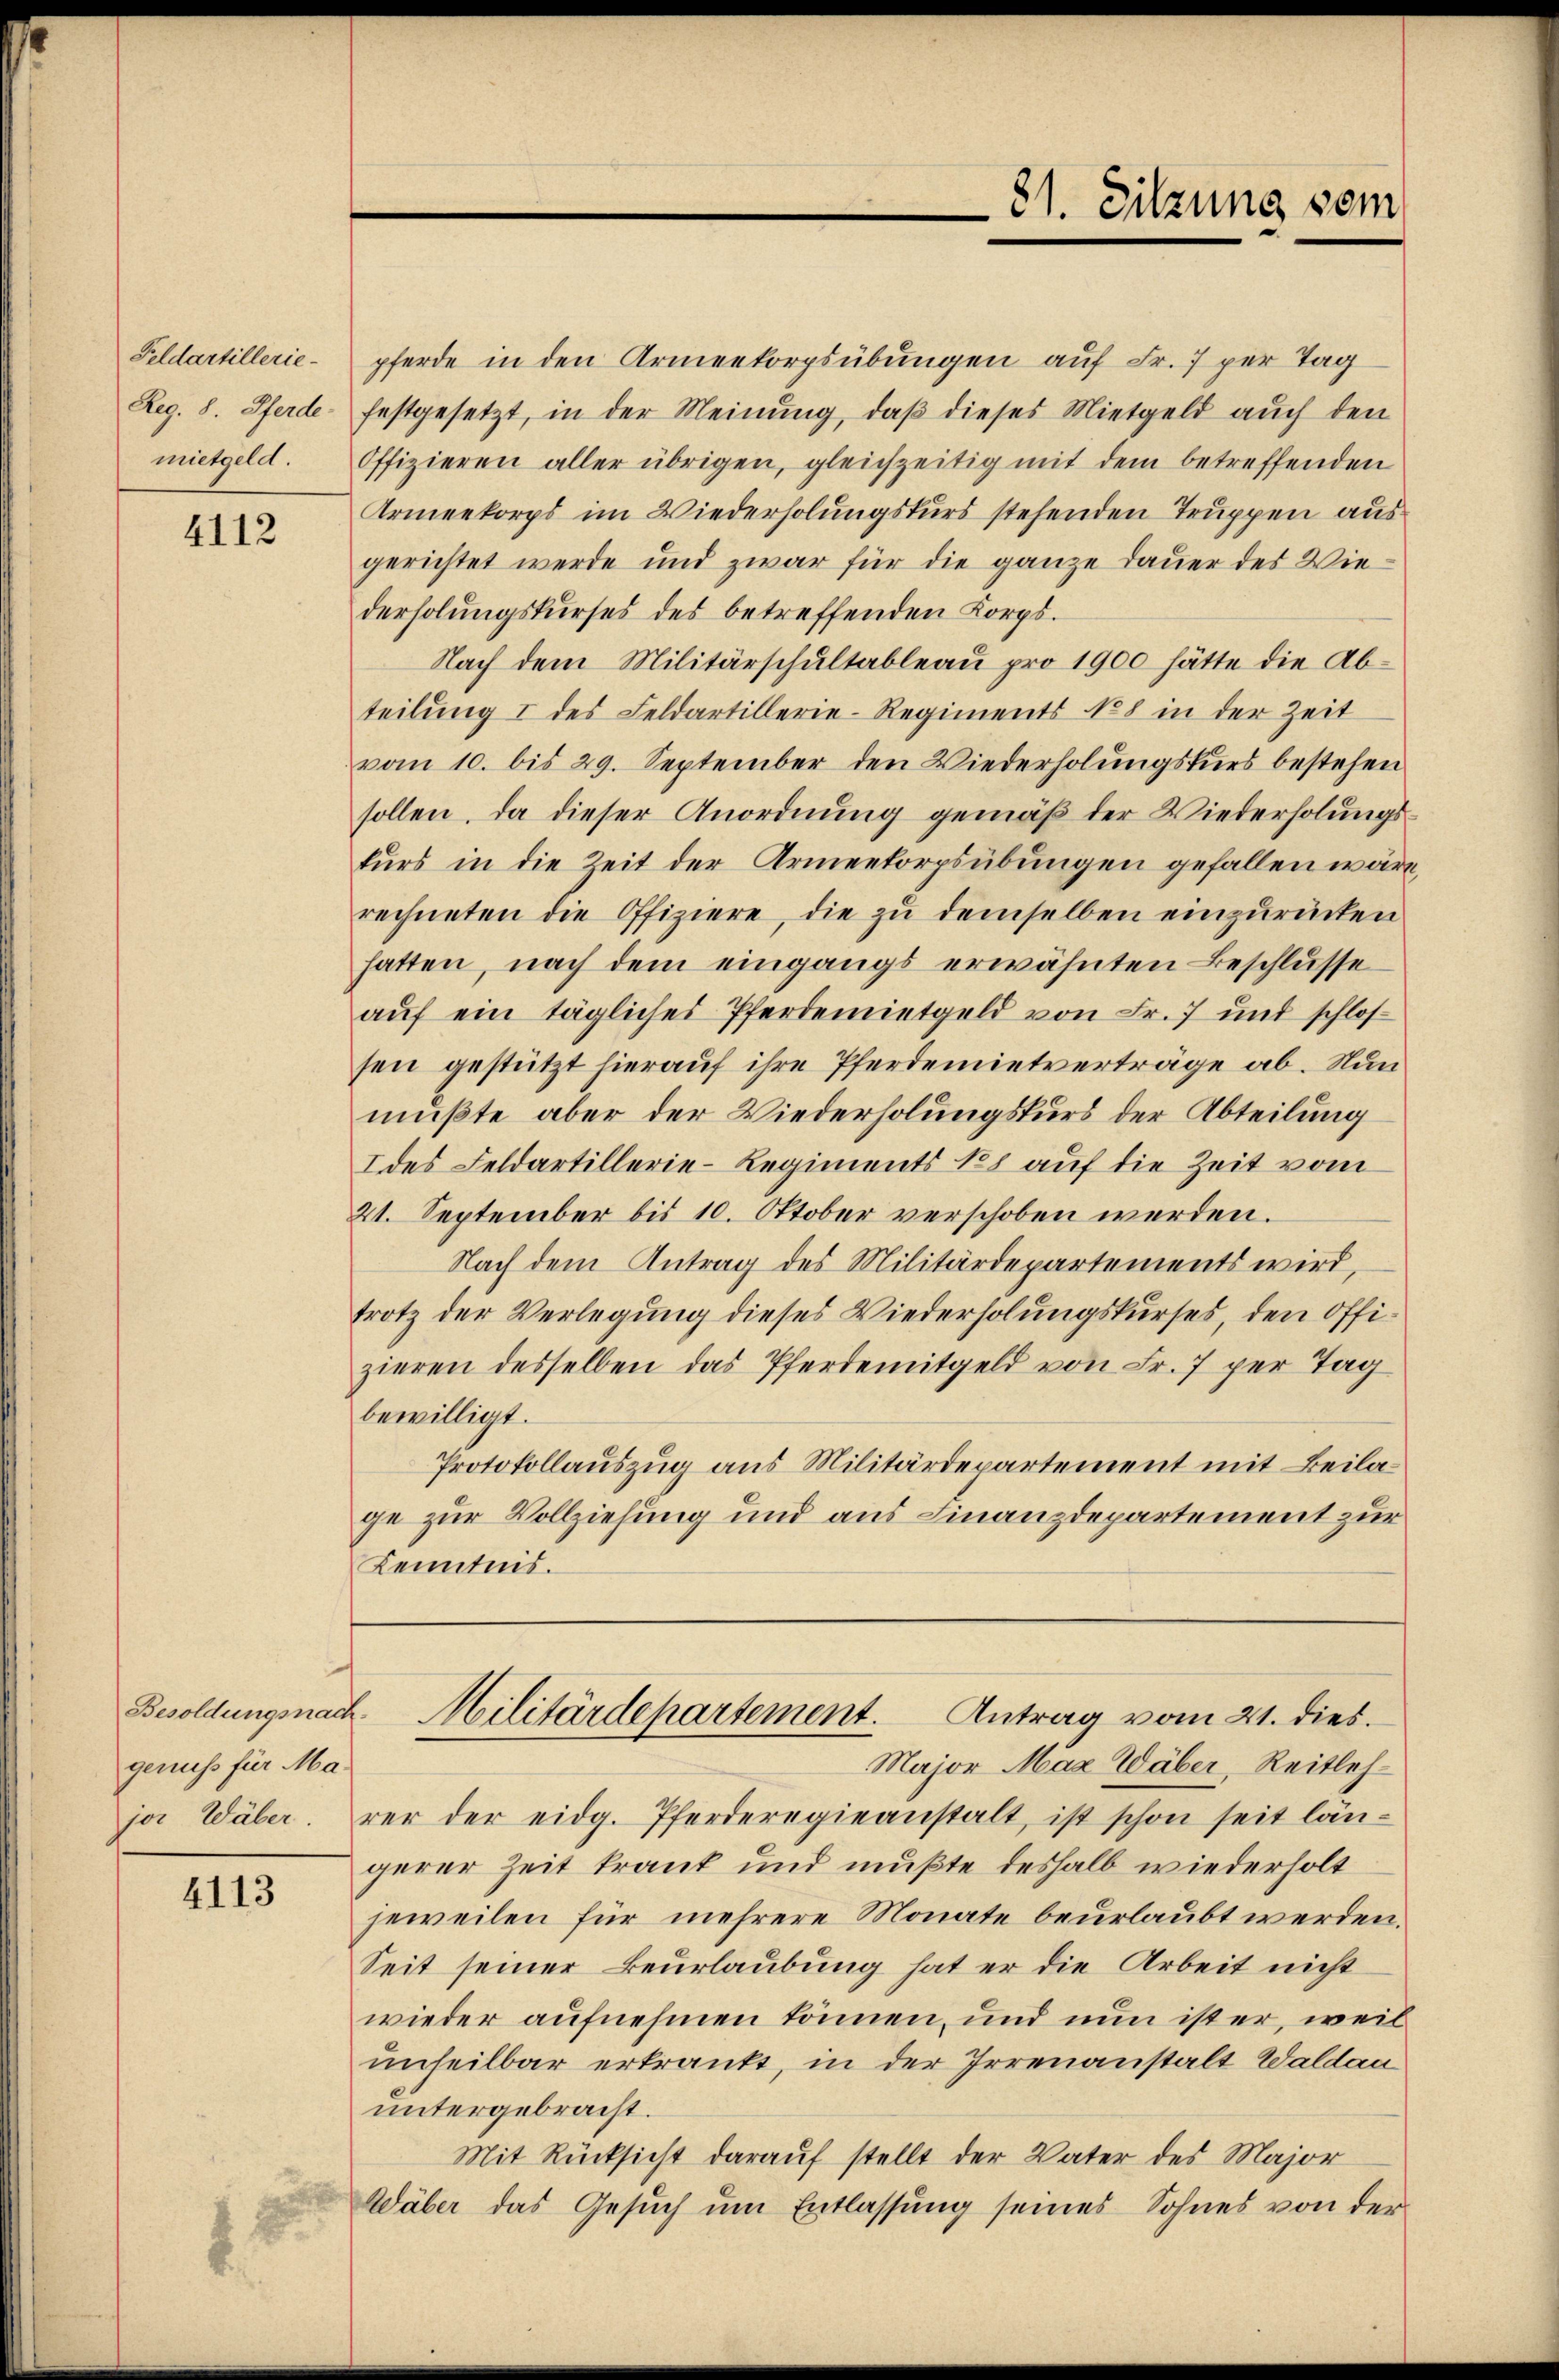
Feldartillerie-
mietgeld.

4112

Besoldungsnachgenuss für Major Wäber.

4113

21. Sitzung vom

pferde in den Armeekorpsübungen auf Fr. 7 per Tag
Reg. 8. Pferde festgesetzt, in der Meinung, daβ dieses Mietgeld auch den
Offizieren aller übrigen, gleichzeitig mit dem betreffenden
Armeekorps im Wiederholungskurs stehenden Truppen aus
gerichtet werde und zwar für die ganze Dauer des Wiederholŭngskŭrses des betreffenden Korps.
Nach dem Militärschultableau pro 1900 hätte die Abteilung I des Feldartillerie-Regiments No 8 in der Zeit
vom 10. bis 29. September den Wiederholungskurs bestehen
sollen, da dieser Anordnung gemäß der Wiederholungskurs in die Zeit der Armenkorpsübungen gefallen wäre,
rechneten die Offiziere, die zu demselben einzurücken
hatten, nach dem eingangs erwähnten Beschlusse
aŭf ein tägliches Pferdemietgeld von Fr. 7 und schlos-
sen gestützt hierauf ihre Pferdemietverträge ab. Nun
mußte aber der Wiederholungskurs der Abteilung
I des Feldartillerie-Regiments 18 auf die Zeit vom
21. September bis 10. Oktober verschoben werden.
Nach dem Antrag des Militärdepartements wird,
trotz der Verlegung dieses Wiederholungskurses, den Offizieren desselben das Pferdemitgeld von Fr. 7 per Tag
bewilligt.
Protokollauszug aus Militärdepartement mit Beilage zur Vollziehung und aus Finanzdepartement zur
Kenntnis.

Major Max Wäber, Reitlehrer der eidg. Pferderegieanstalt, ist schon seit län-
gerer Zeit krank und mußte deshalb wiederholt
jeweilen für mehrere Monate beurlaubt werden.
Seit seiner Beurlaubung hat er die Arbeit nicht
wieder aufnehmen können, und nun ist er, weil
unheilbar erkrankt, in der Irrenanstalt Waldau
untergebracht.
Mit Rücksicht darauf stellt der Vater des Major
Wäber das Gesŭch ŭm Entlassung seines Sohnes von der

Militärdepartement. Antrag vom 21. dies